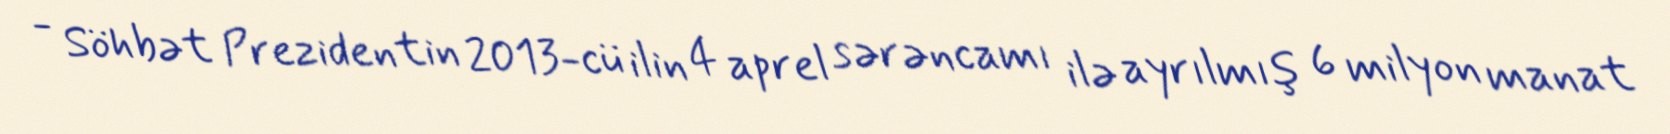
- Söhbət Prezidentin 2013-cü ilin 4 aprel sərəncamı ilə ayrılmış 6 milyon manat